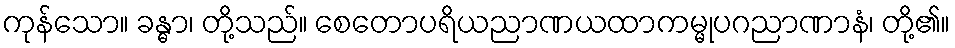
ကုန်သော။ ခန္ဓာ၊ တို့သည်။ စေတောပရိယညာဏယထာကမ္မုပဂညာဏာနံ၊ တို့၏။